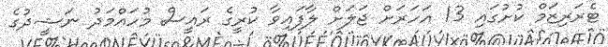
ޓެރަރިޒަމް ކުށުގައި 13 އަހަރަށް ޖަލަށް ލާފައިވާ ކުރީގެ ރައީސް މުހައްމަދު ނަޝީދުގެ